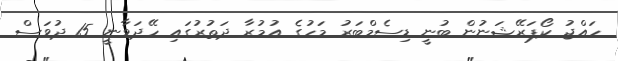
ހައްޖު ކޯޕަރޭޝަނުން ބުނީ ޑިސެމްބަރު މަހުގެ އުމުރާ ދަތުރުގައި ހޭދަވާނީ 15 ދުވަސް